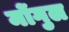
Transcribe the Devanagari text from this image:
मोंगुल